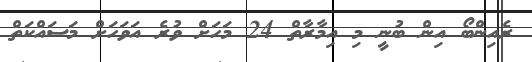
ރެއިންބޯ އިން ބުނީ މި އިމާރާތް 24 މަހަށް ވުރެ އަވަހަށް މަސައްކަތް